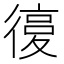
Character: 𢕒